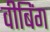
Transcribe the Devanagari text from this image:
वीबिंग